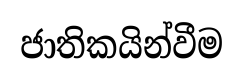
ජාතිකයින්වීම